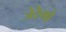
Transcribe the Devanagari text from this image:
जेरेमो